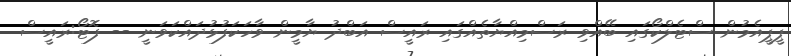
ޕީޕީއެމުން ސްޓެލްކޯގައި ބޭއްވި ރަސްމިއްޔާތެއްގައި ރައީސް އަބްދު ޔާމީން ވާހަކަފުޅުދައްކަވަނީ -- ފޮޓޯ:ރައީސް